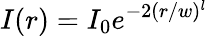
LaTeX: I(r)=I_{0}e^{-2(r/w)^{l}}